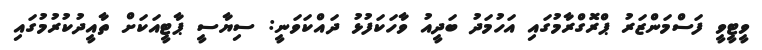
ވީޓީވީ ފަސްމަންޒަރު ޕްރޮގްރާމުގައި އަހުމަދު ބަދީއު ވާހަކަފުޅު ދައްކަވަނީ: ސިޔާސީ ޕާޓީއަކަށް ތާއީދުކުރުމުގައި